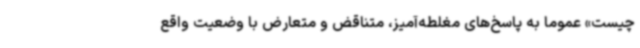
چیست» عموما به پاسخ‌های مغلطه‌آمیز، متناقض و متعارض با وضعیت واقع